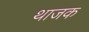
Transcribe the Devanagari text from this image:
थाजक